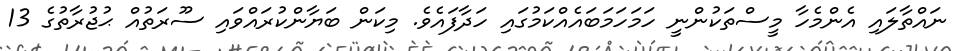
ނައްތާލައި އެންމެހާ މީސްތަކުންނީ ހަމަހަމަބައެއްކަމުގައި ހަދާފައެވެ. މިކަން ބަޔާންކުރައްވައި ސޫރަތުއް ޙުޖުރާތުގެ 13